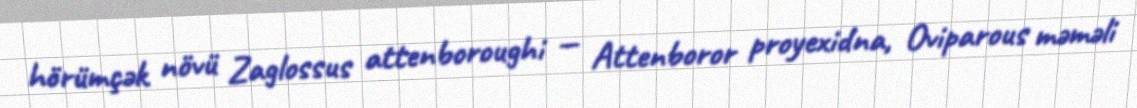
hörümçək növü Zaglossus attenboroughi — Attenboror proyexidna, Oviparous məməli